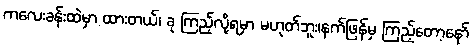
ကလေးခန်းထဲမှာ ထားတယ်၊ ခု ကြည့်လို့ရမှာ မဟုတ်ဘူး၊နက်ဖြန်မှ ကြည့်တော့နော်